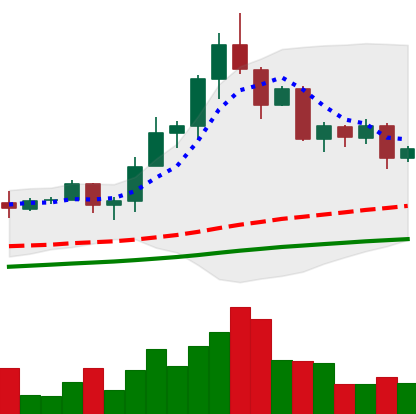
Ticker: TRX-USD
Chart end date: 2020-08-26
Forward return: 23.376%
Label: up_7plus